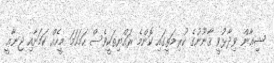
ޝިޢާން ވިދާޅުވީ ޤާނޫނުގެ ކުރިމަތީގައި ކޮންމެ ރައްޔިތަކީވެސް ހަމަހަމަ މީހެއް ކަމަށާއި ޖިނާޢީ